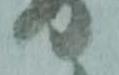
り